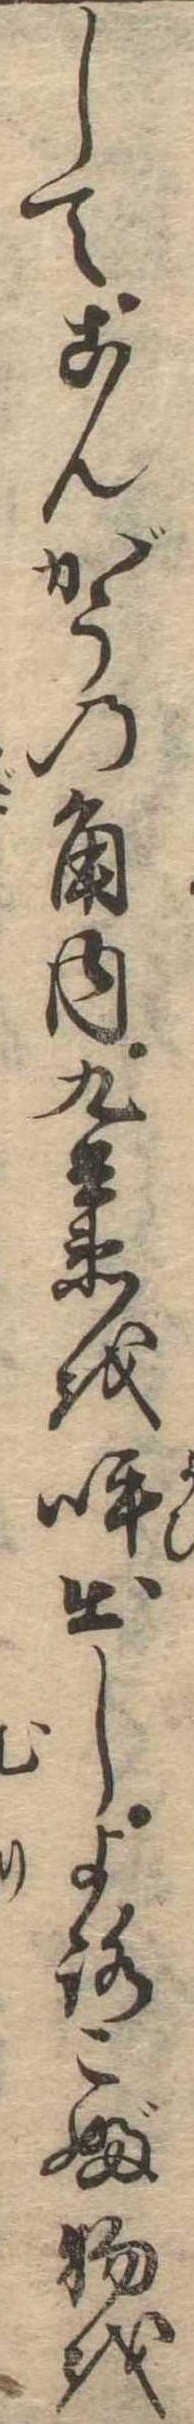
してこんがうの角内九兵衛を呼出しよろこぶ物を